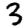
Digit: 3